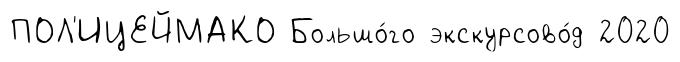
ПОЛ'ИЦЕЙМАКО Большо́го экскурсово́д 2020